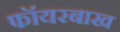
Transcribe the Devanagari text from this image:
फॉयरबाख